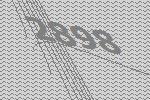
2898